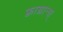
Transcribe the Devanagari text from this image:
फ़्राग्रान्स्